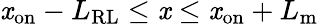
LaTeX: \mathit{x}_{\mathrm{{on}}}-L_{\mathrm{{RL}}}\leq\mathit{x}\leq\mathit{x}_{\mathrm{{on}}}+L_{\mathrm{{m}}}